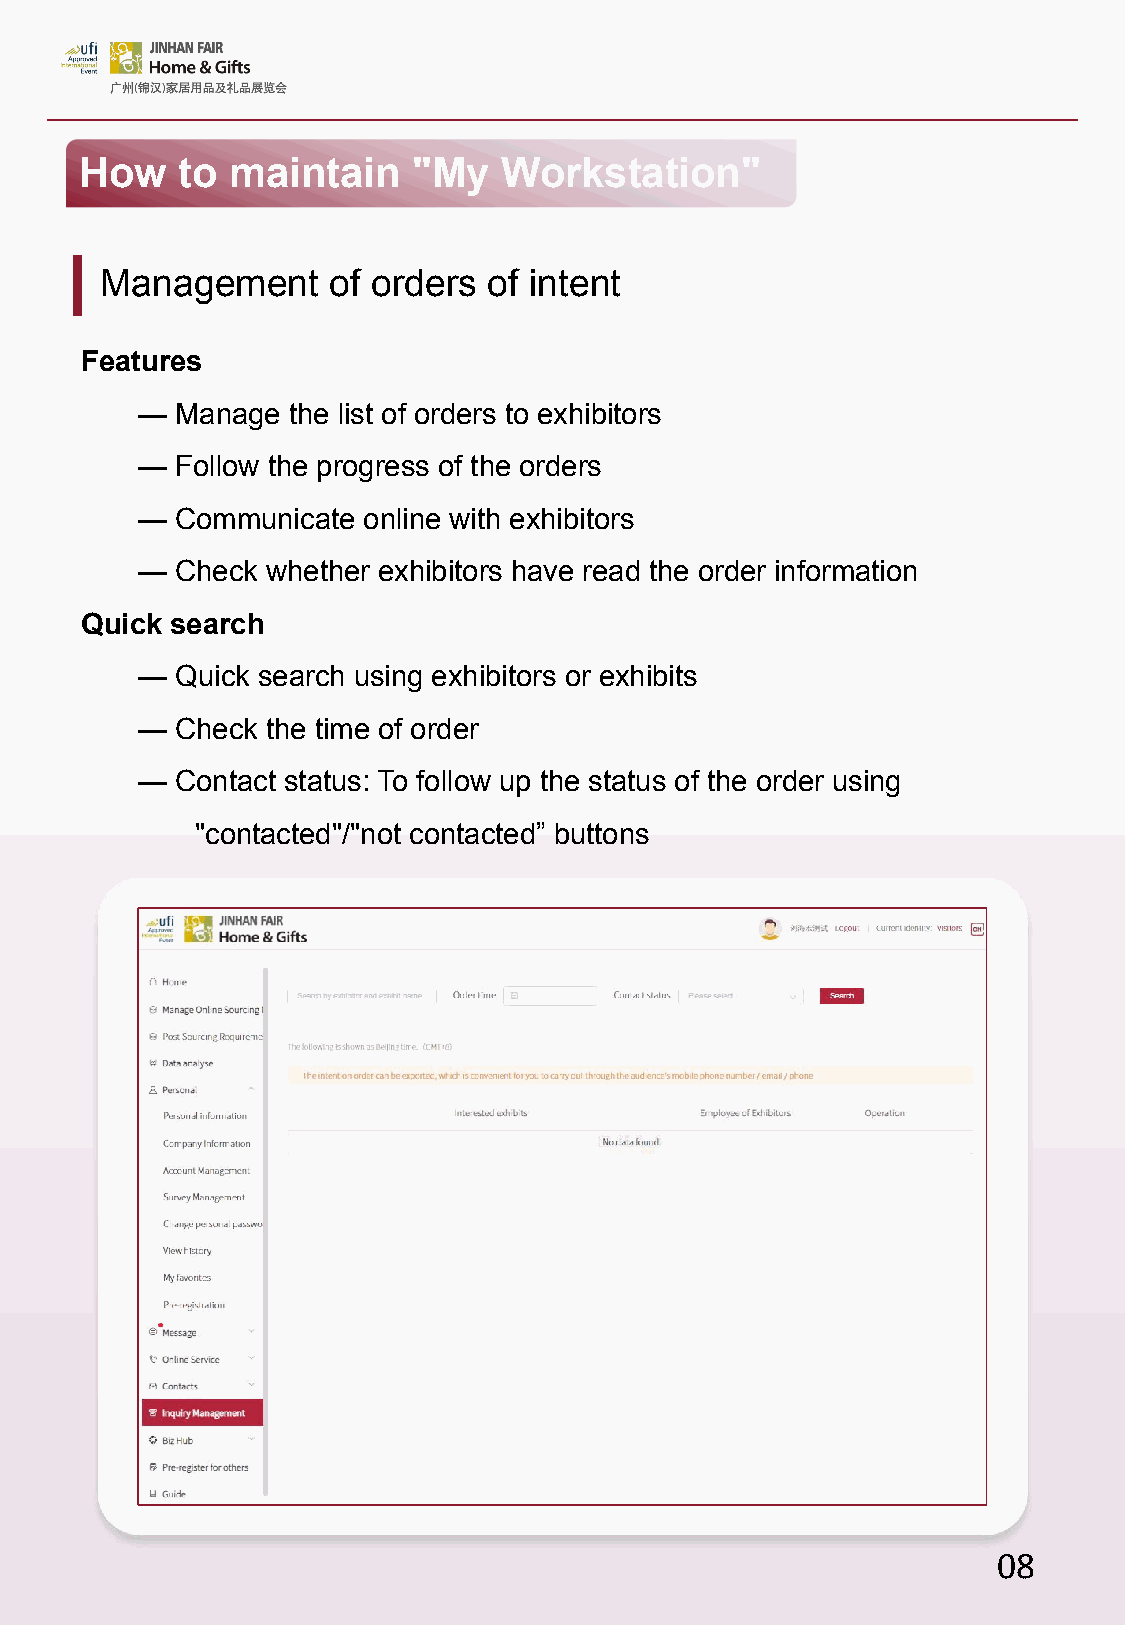
How    to maintain    "My   Workstation"
 Management     of orders of intent
 Features
 —  Manage the list of orders to exhibitors
 —  Follow the progress of the orders
 —  Communicate online with exhibitors
 —  Check whether exhibitors have read the order information
 Quick search
 —  Quick search using exhibitors or exhibits
 —  Check the time of order
 —  Contact status: To follow up the status of the order using
 "contacted"/"not contacted” buttons
 08